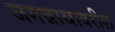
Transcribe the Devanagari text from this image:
जगन्नाथावरील